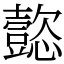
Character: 㦤